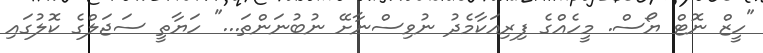
"ހީޒް ނޮޓް ޔޯސް. މީހެއްގެ ފިރިއަކާމެދު ނުވިސްނާށޭ ނުބުނަންތަ..." ހަޔާތީ ސަޖަލްގެ ކޮލުގައި